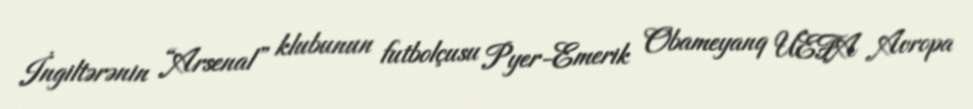
İngiltərənin “Arsenal” klubunun futbolçusu Pyer-Emerik Obameyanq UEFA Avropa